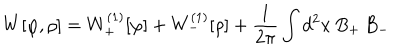
W [ \varphi , \rho ] = W _ { + } ^ { ( 1 ) } [ \varphi ] + W _ { - } ^ { ( 1 ) } [ \rho ] + { \frac { 1 } { 2 \pi } } \int d ^ { 2 } x \, B _ { + } \, B _ { - }